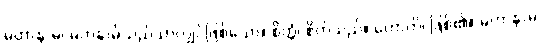
မဟာနာမ၊ မဟနာမ်သည်သာလျှင်ဖြစ်သော။ စိတ္တံ၊ စိတ်သည်။ ဟောတိ၊ ဖြစ်၏။ မဟာနာမ၊